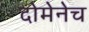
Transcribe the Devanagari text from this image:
दोमेनेच